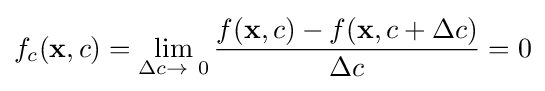
f_{c}({\mathbf {x} },c)=\lim _{\Delta c\to \ 0}{\frac {f({\mathbf {x} },c)-f({\mathbf {x} },c+\Delta c)}{\Delta c}}=0